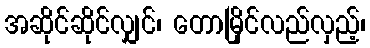
အဆိုင်ဆိုင်လျှင်၊ တောမြိုင်လည်လှည့်၊